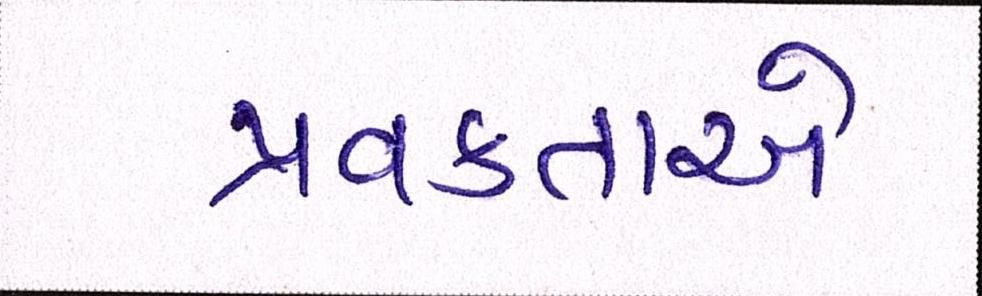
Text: પ્રવક્તાએ